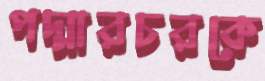
পদ্মারচরকে